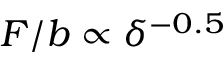
F / b \propto \delta ^ { - 0 . 5 }